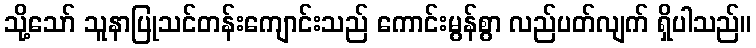
သို့သော် သူနာပြုသင်တန်းကျောင်းသည် ကောင်းမွန်စွာ လည်ပတ်လျက် ရှိပါသည်။